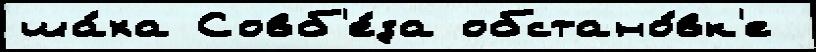
ша́ха Совб'е́за обстано́вк'е